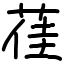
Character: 龿